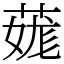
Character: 䓼